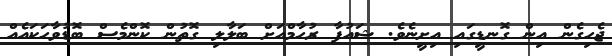
ޖެހިގެން އިން ގޮނޑީގައި އިށީނެވެ. ޝައުފާ ރުހާމްއަށް ބަލާލި ގޮތުން ކޮންމެސް ބޮޑުވާހަކައެއް